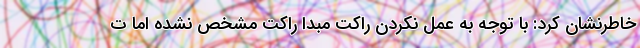
خاطرنشان کرد: با توجه به عمل نکردن راکت مبدا راکت مشخص نشده اما ت